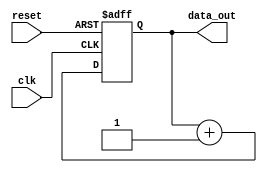
module repeat_loop (
    input wire clk,
    input wire reset,
    output reg [7:0] data_out
);

// Initialization
initial begin
    data_out = 8'b0; // Initial value
end

// Repeat loop behavior
always @(posedge clk or posedge reset) begin
    if (reset) begin
        data_out <= 8'b0; // Reset data_out on reset
    end else begin
        // Block of code to execute in the loop
        // Example: Incrementing the data_out value
        data_out <= data_out + 1; // Continuous operation
    end
end

endmodule